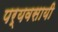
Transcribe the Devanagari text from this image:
पर्यवसायी